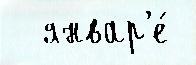
  январ'е́